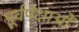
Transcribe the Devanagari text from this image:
पूर्वपेक्षाओं